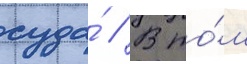
суда́ // В то́м